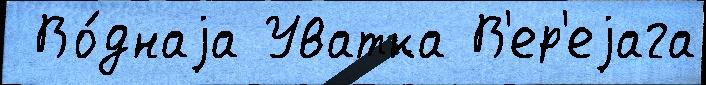
 Во́днаjа Уватка В'ер'еjага